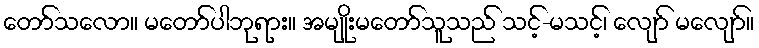
တော်သလော။ မတော်ပါဘုရား။ အမျိုးမတော်သူသည် သင့်-မသင့်၊ လျော် မလျော်။